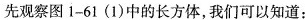
先观察图1-61(1)中的长方体，我们可以知道：